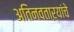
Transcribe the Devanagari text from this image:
अतिनवताऱ्यांचे